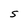
Character: S